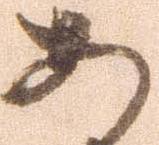
あ